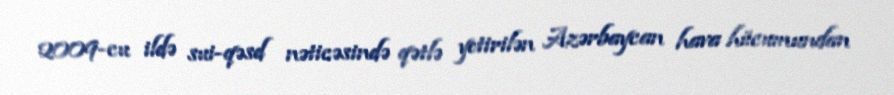
2009-cu ildə sui-qəsd nəticəsində qətlə yetirilən Azərbaycan hava hücumundan